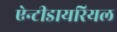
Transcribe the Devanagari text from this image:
ऐन्टीडायरियल